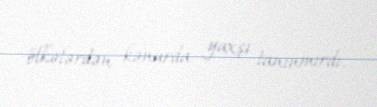
ölkələrdən kənarda yaxşı tanınmırdı.